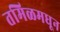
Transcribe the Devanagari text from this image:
तमिळमधून